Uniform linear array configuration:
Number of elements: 24
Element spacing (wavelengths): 0.75
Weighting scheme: cosine
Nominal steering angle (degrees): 60
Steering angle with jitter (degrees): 59.327
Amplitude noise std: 0.05
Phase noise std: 0.05

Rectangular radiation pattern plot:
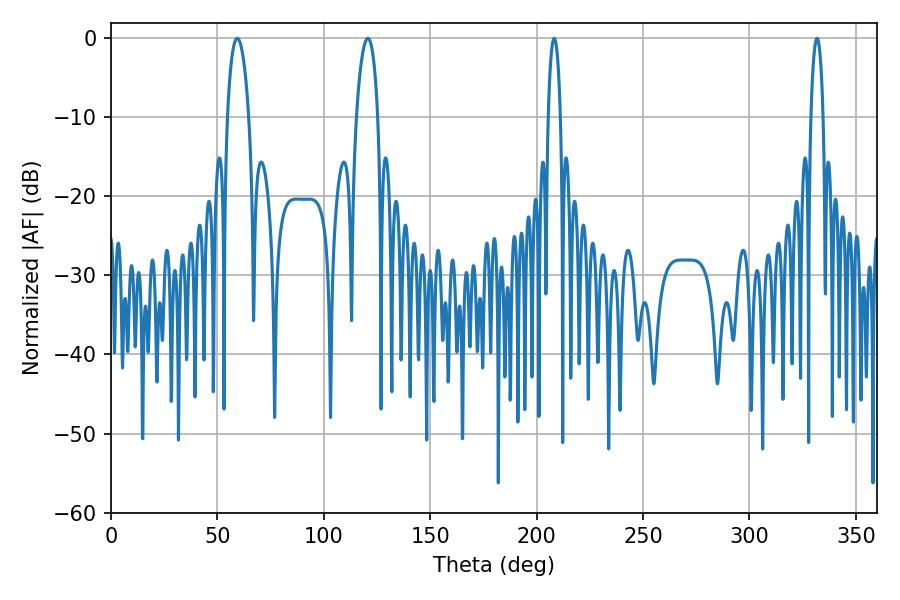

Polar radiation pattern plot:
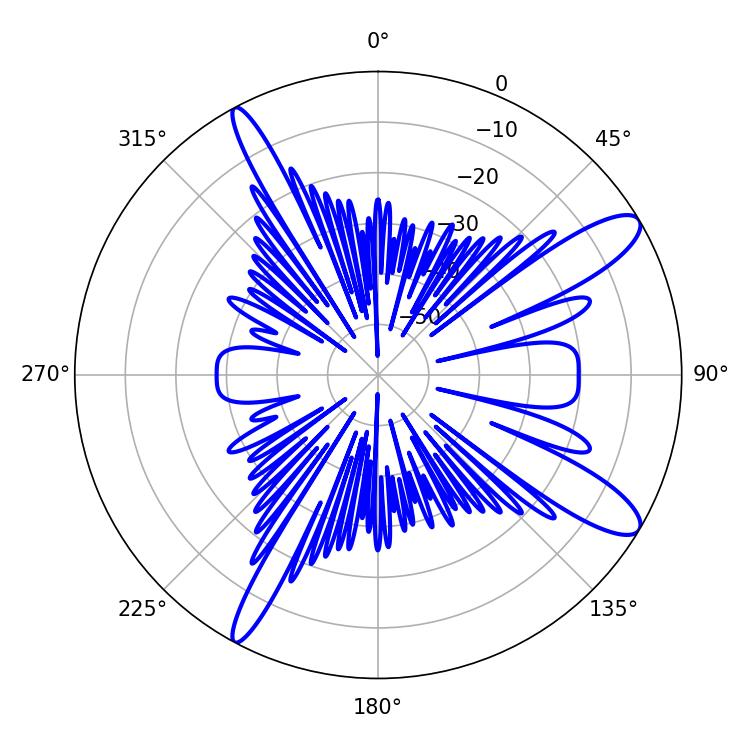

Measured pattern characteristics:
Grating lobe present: TRUE
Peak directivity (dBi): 11.85
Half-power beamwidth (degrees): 3.24
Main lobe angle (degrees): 331.74